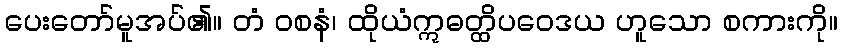
ပေးတော်မူအပ်၏။ တံ ဝစနံ၊ ထိုယံဣဓတ္ထိပဝေဒယ ဟူသော စကားကို။